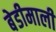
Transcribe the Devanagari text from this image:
बेडीमाली